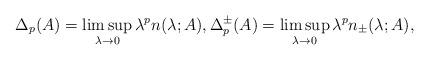
LaTeX: \begin{align*}\Delta_p(A)=\limsup_{\lambda\to0}\lambda^p n(\lambda;A), \Delta_p^\pm(A)=\limsup_{\lambda\to0}\lambda^p n_\pm(\lambda;A), \end{align*}